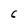
Character: 6